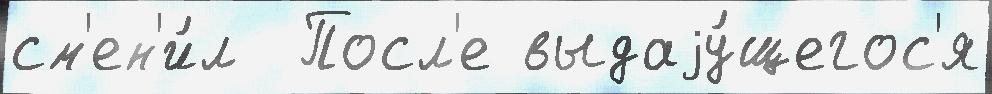
см'ен'и́л  Посл'е выдаjу́щегос'я